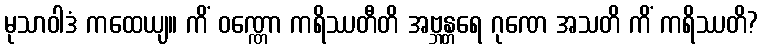
မုသာဝါဒံ ကထေယျ။ ကိံ ဝဏ္ဏော ကရိဿတီတိ အဗ္ဘန္တရေ ဂုဏေ အသတိ ကိံ ကရိဿတိ?